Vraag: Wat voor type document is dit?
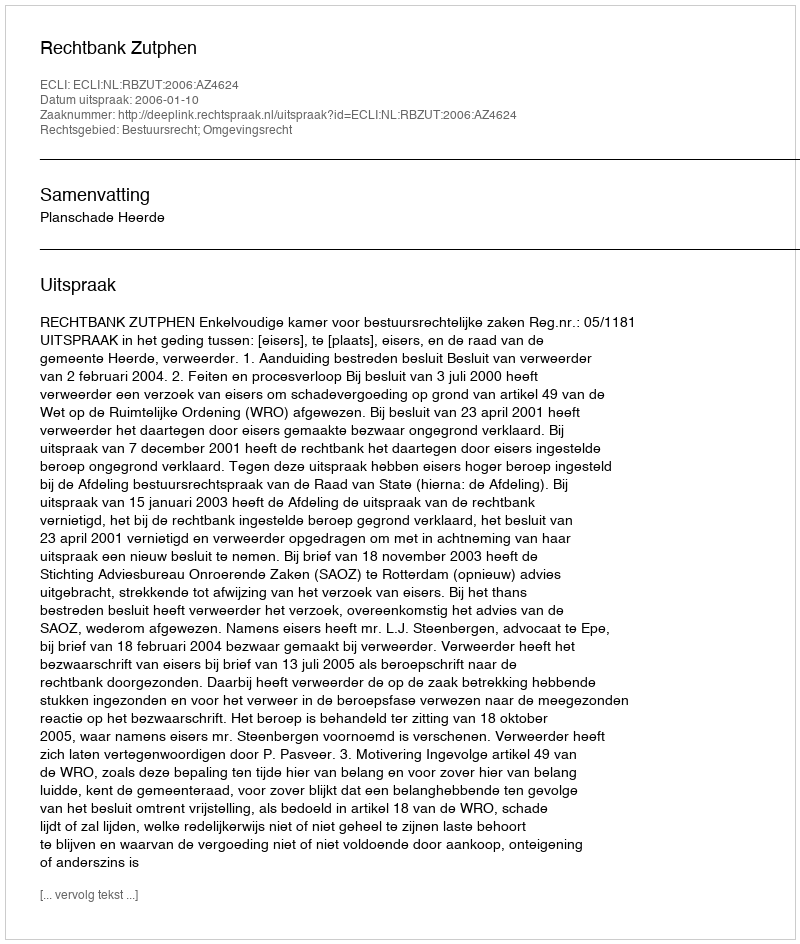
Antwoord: Uitspraak